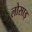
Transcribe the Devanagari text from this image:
लोसाइ